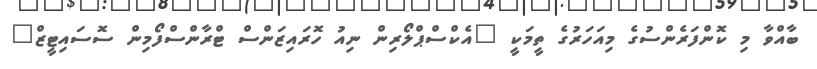
ބާއްވާ މި ކޮންފަރެންސުގެ މިއަހަރުގެ ތީމަކީ "އެކްސްޕްލޯރިން ނިއު ހޮރައިޒަންސް ޓްރާންސްފޯމިން ސޮސައިޓީޒް"